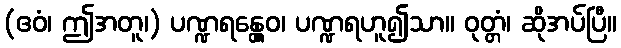
(ဧဝံ၊ ဤအတူ၊) ပဏ္ဍရန္တွေဝ၊ ပဏ္ဍရဟူ၍သာ။ ဝုတ္တံ၊ ဆိုအပ်ပြီ။